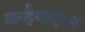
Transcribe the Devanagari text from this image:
कन्हैयादास